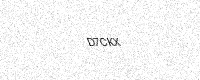
Text: D7CKX